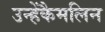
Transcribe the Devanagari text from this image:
उन्हेंकैमलिन